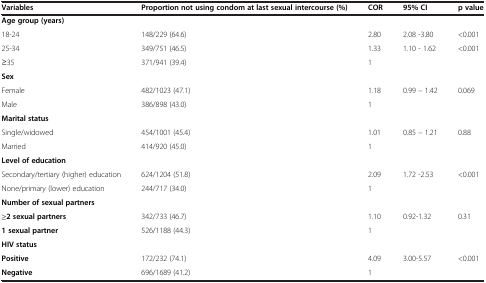
| Variables | Proportion not using condom at last sexual intercourse (%) | COR | 95% CI | p value |
 | --- | --- | --- | --- | --- |
 | Age group (years) |  |  |  |  |
 | 18-24 | 148/229 (64.6) | 2.80 | 2.08 -3.80 | <0.001 |
 | 25-34 | 349/751 (46.5) | 1.33 | <ROWSPAN=2> 1.10 - 1.62 | <ROWSPAN=2> <0.001 |
 | ≥35 | 371/941 (39.4) | 1 |
 | Sex |  |  |  |  |
 | Female | 482/1023 (47.1) | 1.18 | 0.99 – 1.42 | 0.069 |
 | Male | 386/898 (43.0) | 1 |  |  |
 | Marital status |  |  |  |  |
 | Single/widowed | 454/1001 (45.4) | 1.01 | 0.85 – 1.21 | 0.88 |
 | Married | 414/920 (45.0) | 1 |  |  |
 | Level of education |  |  |  |  |
 | Secondary/tertiary (higher) education | 624/1204 (51.8) | 2.09 | 1.72 -2.53 | <ROWSPAN=2> <0.001 |
 | None/primary (lower) education | 244/717 (34.0) | 1 |  |
 | Number of sexual partners |  |  |  |  |
 | ≥2 sexual partners | 342/733 (46.7) | 1.10 | 0.92-1.32 | <ROWSPAN=3> 0.31 |
 | 1 sexual partner | 526/1188 (44.3) | 1 |  |
 | HIV status |  |  |  |
 | Positive | 172/232 (74.1) | 4.09 | 3.00-5.57 | <ROWSPAN=2> <0.001 |
 | Negative | 696/1689 (41.2) | 1 |  |